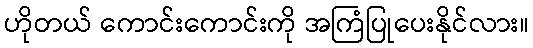
ဟိုတယ် ကောင်းကောင်းကို အကြံပြုပေးနိုင်လား။